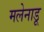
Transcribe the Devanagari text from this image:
मलेनाडू